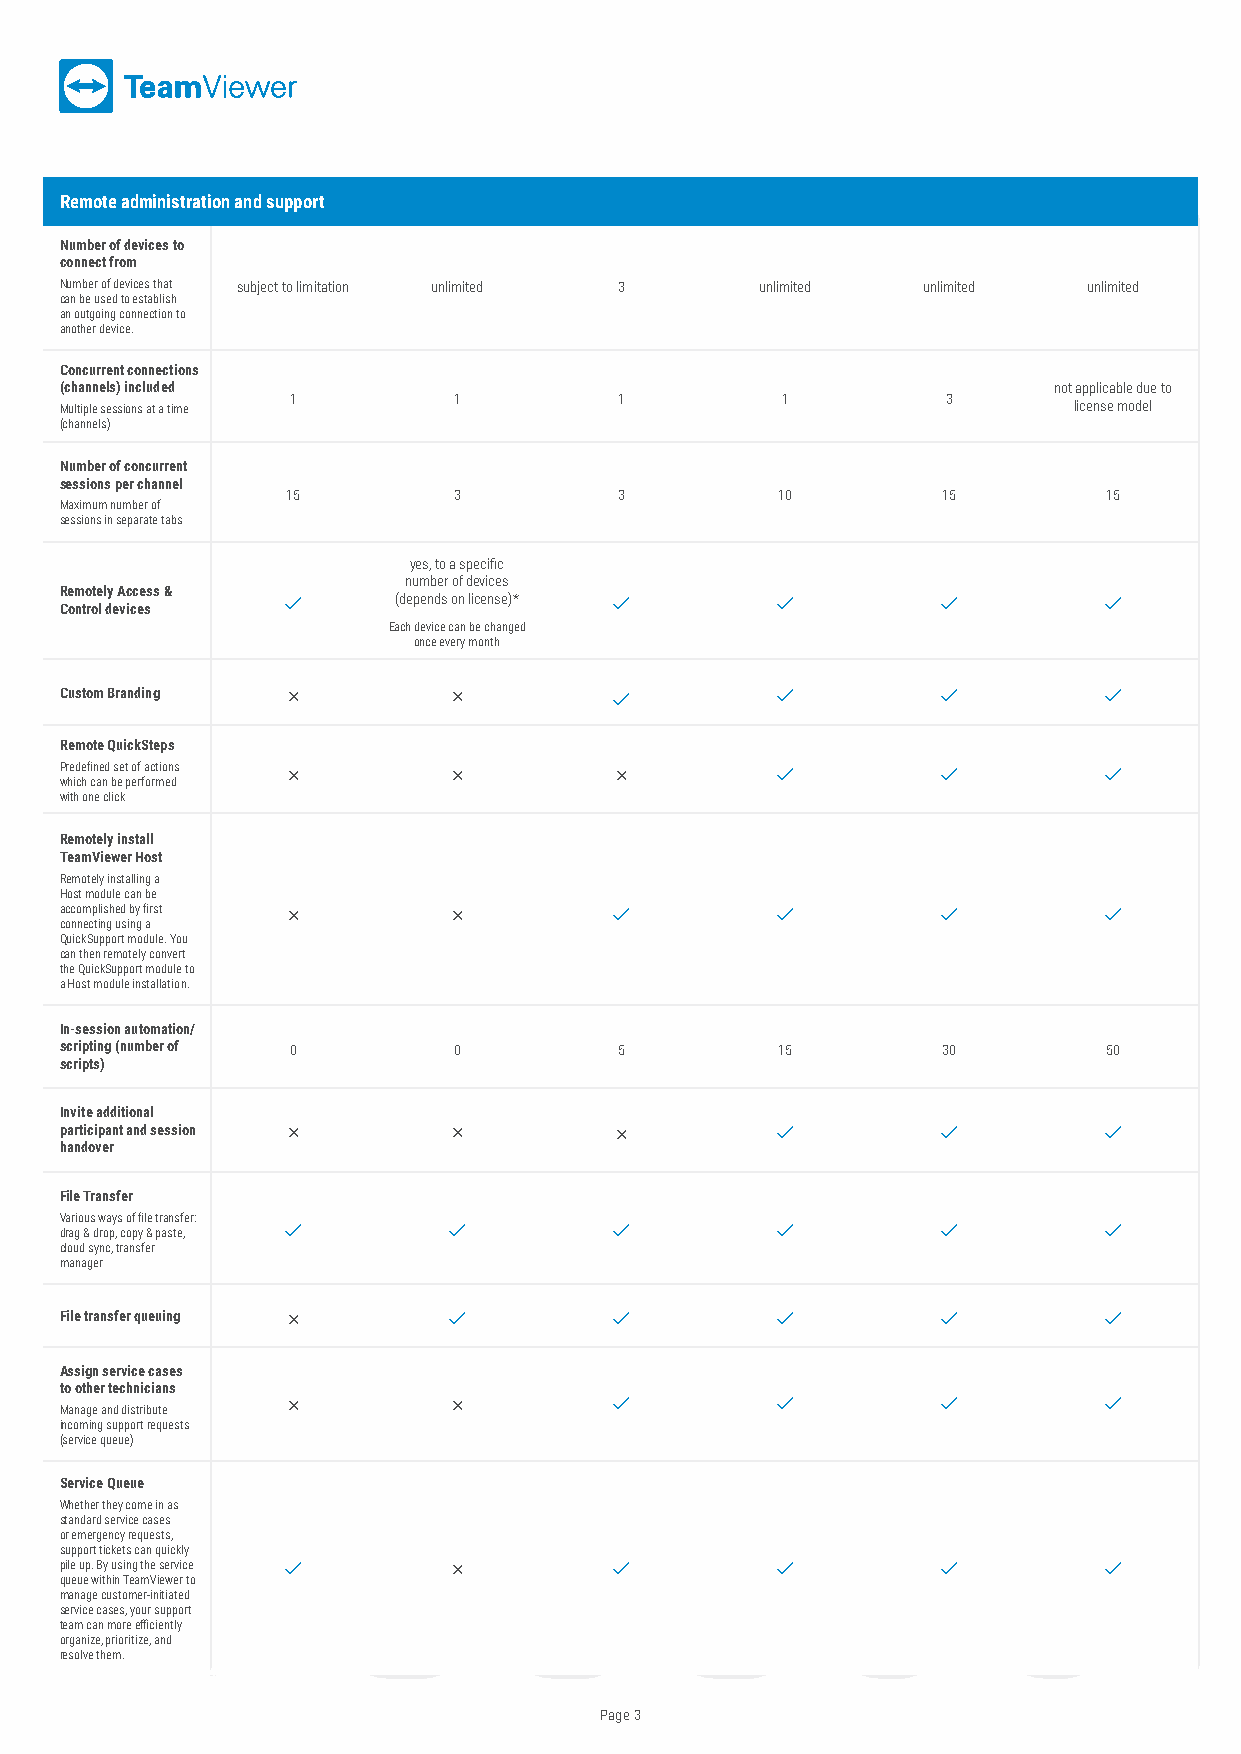
Remote administration and support
 Number of devices to
 connect from
 Number of devices that subject to limitation unlimited 3 unlimited unlimited unlimited
 can be used to establish
 an outgoing connection to
 another device.
 Concurrent connections
 (channels) included                                               not applicable due to
 1          1          1          1          3
 Multiple sessions at a time                                        license model
 (channels)
 Number of concurrent
 sessions per channel
 15         3          3         10         15         15
 Maximum number of
 sessions in separate tabs
 yes, to a specific
 number of devices
 Remotely Access &
       (depends on license)*                       
 Control devices
 Each device can be changed
 once every month
 Custom Branding                                                 
 Remote QuickSteps
 Predefined set of actions                                       
 which can be performed
 with one click
 Remotely install
 TeamViewer Host
 Remotely installing a
 Host module can be
 accomplished by first                                           
 connecting using a
 QuickSupport module. You
 can then remotely convert
 the QuickSupport module to
 a Host module installation.
 In-session automation/
 scripting (number of 0    0          5         15         30         50
 scripts)
 Invite additional
 participant and session                                         
 handover
 File Transfer
 Various ways of file transfer:
 drag & drop, copy & paste,                                      
 cloud sync, transfer
 manager
 File transfer queuing                                           
 Assign service cases
 to other technicians
                                                  
 Manage and distribute
 incoming support requests
 (service queue)
 Service Queue
 Whether they come in as
 standard service cases
 or emergency requests,
 support tickets can quickly
 pile up. By using the service                                   
 queue within TeamViewer to
 manage customer-initiated
 service cases, your support
 team can more efficiently
 organize, prioritize, and
 resolve them.
 Page 3